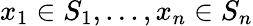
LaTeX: x_{1}\in S_{1},...,x_{n}\in S_{n}